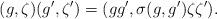
LaTeX: \begin{align*}(g,\zeta)(g',\zeta') = (gg', \sigma(g,g') \zeta \zeta'). \end{align*}